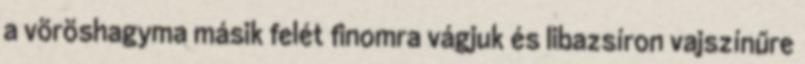
a vöröshagyma másik felét finomra vágjuk és libazsíron vajszínűre